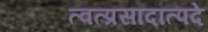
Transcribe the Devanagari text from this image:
त्वत्प्रसादात्पदे